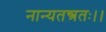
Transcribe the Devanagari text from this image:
नान्यतन्त्रतः।।